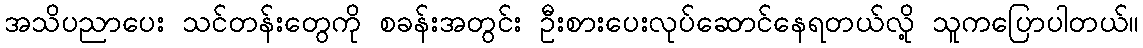
အသိပညာပေး သင်တန်းတွေကို စခန်းအတွင်း ဦးစားပေးလုပ်ဆောင်နေရတယ်လို့ သူကပြောပါတယ်။